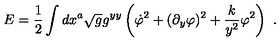
E = { \frac { 1 } { 2 } } \int d x ^ { a } \sqrt { g } g ^ { y y } \left( \dot { \varphi } ^ { 2 } + ( \partial _ { y } \varphi ) ^ { 2 } + { \frac { k } { y ^ { 2 } } } \varphi ^ { 2 } \right) \ .